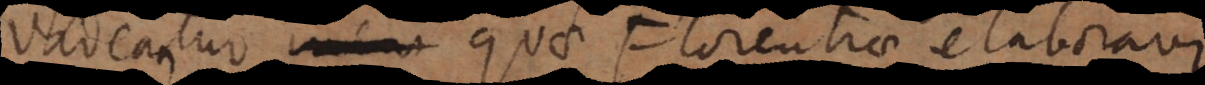
videantur quae Florentiae elaboravi.